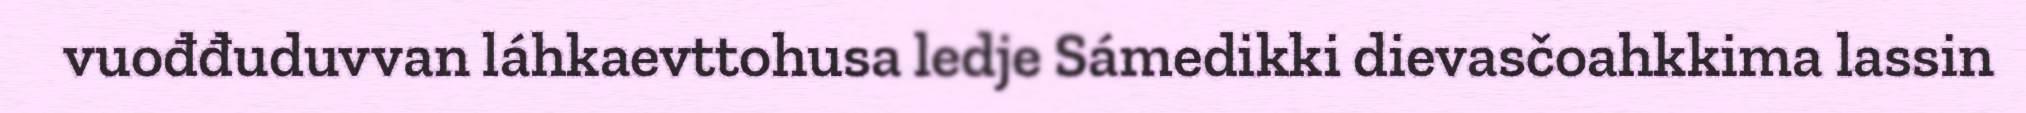
vuođđuduvvan láhkaevttohusa ledje Sámedikki dievasčoahkkima lassin